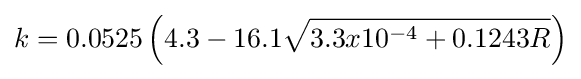
k={0.0525\left(4.3-16.1{\sqrt {3.3x10^{-4}+0.1243R}}\right)}